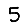
Digit: 5